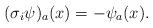
LaTeX: \begin{align*}(\sigma_i\psi)_a(x)=-\psi_a(x).\end{align*}